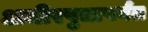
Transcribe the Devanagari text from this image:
अमीरपुत्रापर्यंत